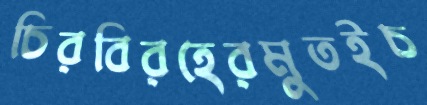
চিরবিরহেরমুতইচ